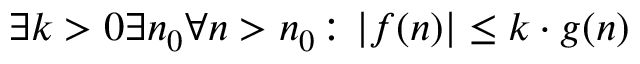
\exists k > 0 \exists n _ { 0 } \forall n > n _ { 0 } \colon | f ( n ) | \leq k \cdot g ( n )